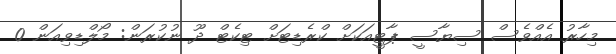
މިހާރު އެއްވެސް ސިޔާސީ ޕާޓީއަަކަށް ކްރެޑިޓަށް ޓިކެޓް ދޫ ނުކުރަން: މޯލްޑިވިއަން 0